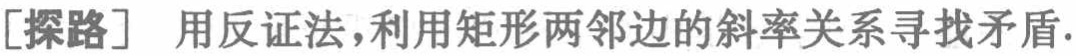
[探路] 用反证法,利用矩形两邻边的斜率关系寻找矛盾.